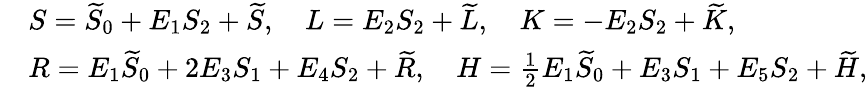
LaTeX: \begin{array}{rl}&{S=\widetilde{S}_{0}+E_{1}S_{2}+\widetilde{S},\quad L=E_{2}S_{2}+\widetilde{L},\quad K=-E_{2}S_{2}+\widetilde{K},}\\ &{R=E_{1}\widetilde{S}_{0}+2E_{3}S_{1}+E_{4}S_{2}+\widetilde{R},\quad H=\frac{1}{2}E_{1}\widetilde{S}_{0}+E_{3}S_{1}+E_{5}S_{2}+\widetilde{H},}\end{array}